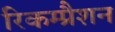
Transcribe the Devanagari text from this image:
रिकम्प्रैशन